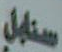
سنابل